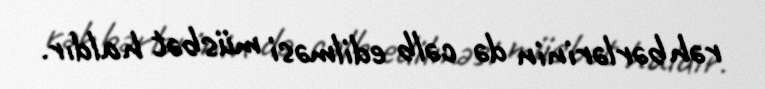
rəhbərlərinin də cəlb edilməsi müsbət haldır.